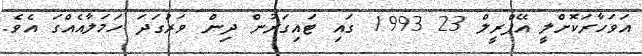
އަވަހާރަކޮށްލީ އޭޕްރީލް 23 1993 ގައި ޓައިގަރުން ދިން ވަރުގަދަ ހަމަލާއެއްގަ އެވެ.